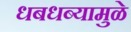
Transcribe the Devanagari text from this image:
धबधब्यामुळे